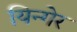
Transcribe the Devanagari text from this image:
यिन्गेर